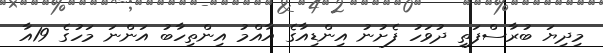
މިދިޔަ ބުރާސްފަތި ދުވަހު ފެށުނު އިންޑިއާގެ އާއްމު އިންތިހާބު އަންނަ މަހުގެ 19އާ